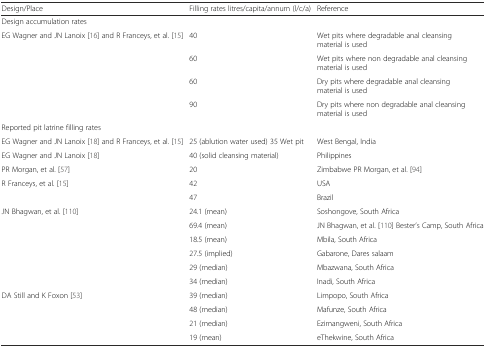
<table><thead><tr><td><b>Design/Place</b></td><td><b>Filling rates litres/capita/annum (l/c/a)</b></td><td><b>Reference</b></td></tr></thead><tbody><tr><td>Design accumulation rates</td><td></td><td></td></tr><tr><td>EG Wagner and JN Lanoix [16] and R Franceys, et al. [15]</td><td>40</td><td>Wet pits where degradable anal cleansing material is used</td></tr><tr><td></td><td>60</td><td>Wet pits where non degradable anal cleansing material is used</td></tr><tr><td></td><td>60</td><td>Dry pits where degradable anal cleansing material is used</td></tr><tr><td></td><td>90</td><td>Dry pits where non degradable anal cleansing material is used</td></tr><tr><td>Reported pit latrine filling rates</td><td></td><td></td></tr><tr><td>EG Wagner and JN Lanoix [18] and R Franceys, et al. [15]</td><td>25 (ablution water used) 35 Wet pit</td><td>West Bengal, India</td></tr><tr><td>EG Wagner and JN Lanoix [18]</td><td>40 (solid cleansing material)</td><td>Philippines</td></tr><tr><td>PR Morgan, et al. [57]</td><td>20</td><td>Zimbabwe PR Morgan, et al. [94]</td></tr><tr><td>R Franceys, et al. [15]</td><td>42</td><td>USA</td></tr><tr><td></td><td>47</td><td>Brazil</td></tr><tr><td>JN Bhagwan, et al. [110]</td><td>24.1 (mean)</td><td>Soshongove, South Africa</td></tr><tr><td></td><td>69.4 (mean)</td><td>JN Bhagwan, et al. [110] Bester’s Camp, South Africa</td></tr><tr><td></td><td>18.5 (mean)</td><td>Mbila, South Africa</td></tr><tr><td></td><td>27.5 (implied)</td><td>Gabarone, Dares salaam</td></tr><tr><td></td><td>29 (median)</td><td>Mbazwana, South Africa</td></tr><tr><td></td><td>34 (median)</td><td>Inadi, South Africa</td></tr><tr><td>DA Still and K Foxon [53]</td><td>39 (median)</td><td>Limpopo, South Africa</td></tr><tr><td></td><td>48 (median)</td><td>Mafunze, South Africa</td></tr><tr><td></td><td>21 (median)</td><td>Ezimangweni, South Africa</td></tr><tr><td></td><td>19 (mean)</td><td>eThekwine, South Africa</td></tr></tbody></table>